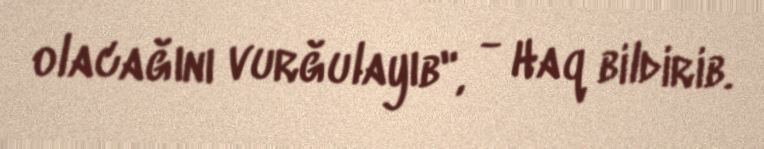
olacağını vurğulayıb", - Haq bildirib.